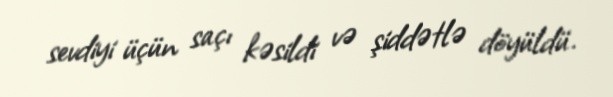
sevdiyi üçün saçı kəsildi və şiddətlə döyüldü.